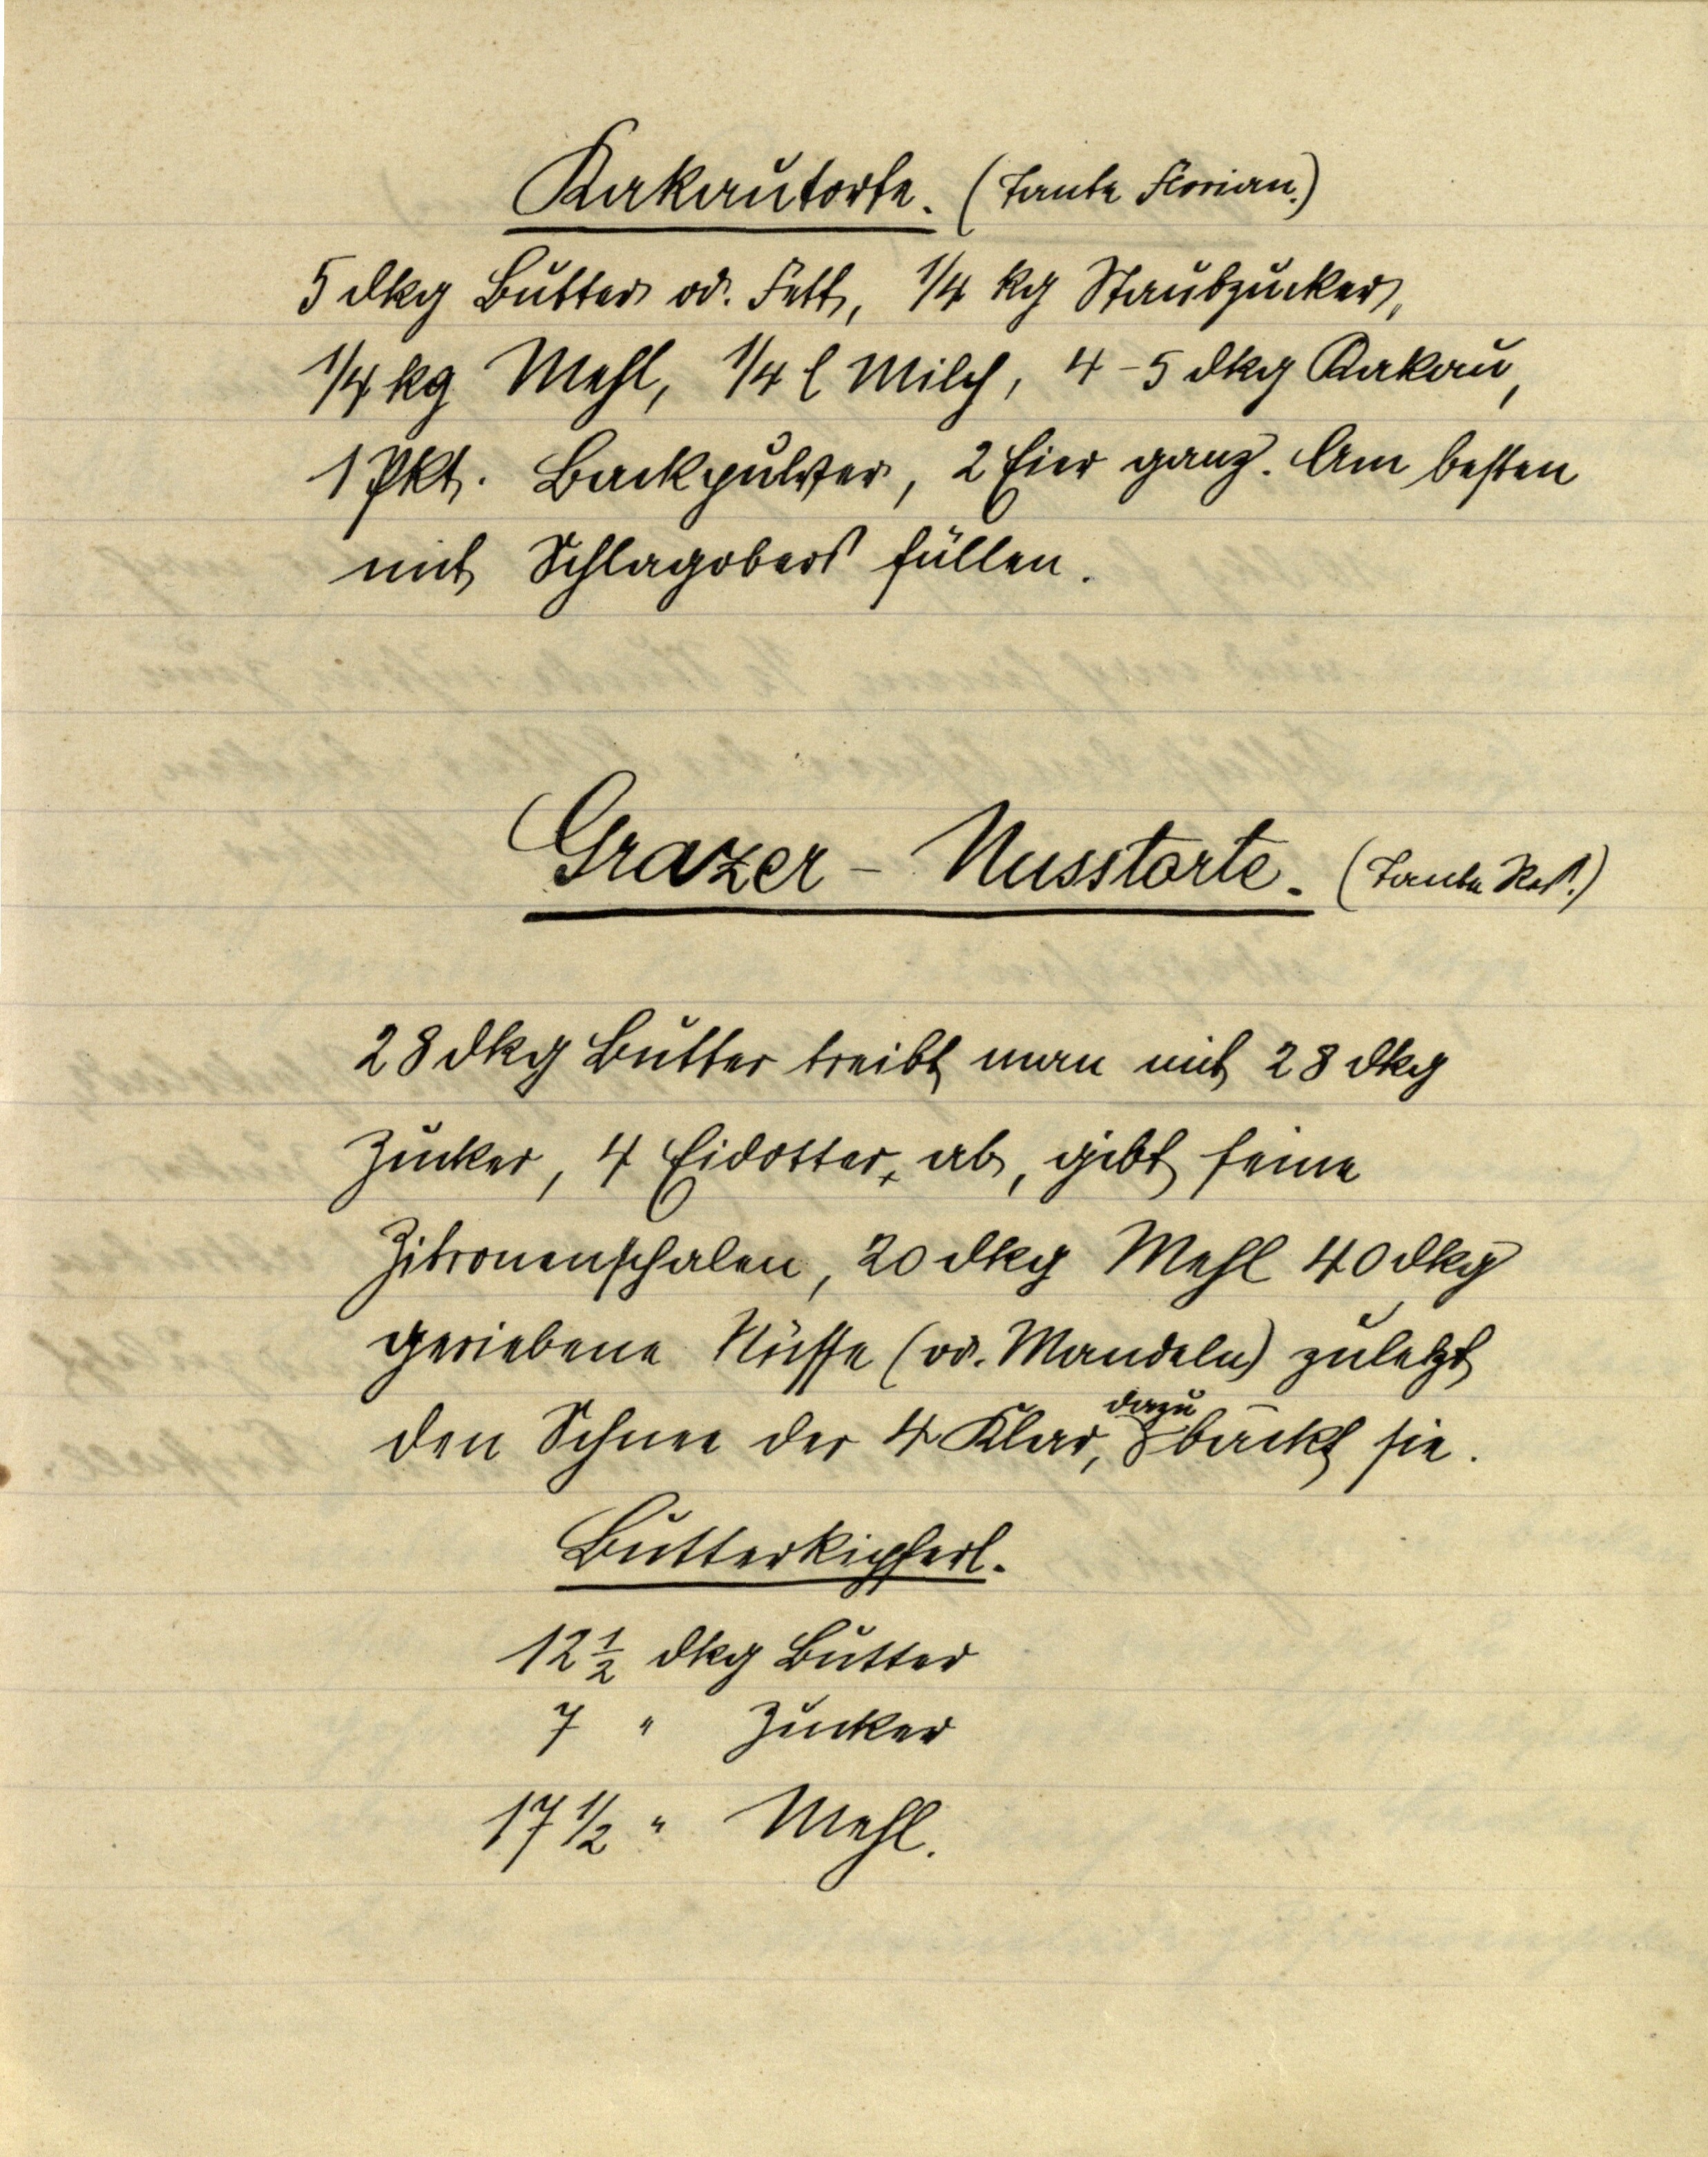
Kakautorte. (Tante Florian.)
5 dkg Butter od. Fett, ¼ kg Staubzucker,
¼kg Mehl, ¼ l Milch, 4-5 dkg Kakau,
1 Pkt. Backpulver, 2 Eier ganz. Am besten
mit Schlagobers füllen.

Grazer-Nusstorte. (Tante Res.)

28 dkg Butter treibt man mit 28 dkg
Zucker, 4 Eidotter ab, gibt feine
Zitronenschalen, 20 dkg Mehl 40 dkg
geriebene Nüsse (od. mandeln) zuletzt
den Schnee der 4 Klar, dazu bäckt sie.

Butterkipferl.
12 ½ dkg Butter
7 " Zucker
17 ½ Mehl.